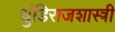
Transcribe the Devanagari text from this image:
धुंडिराजशास्त्री